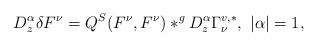
LaTeX: \begin{align*}D^{\alpha}_z\delta F^{\nu}=Q^S(F^{\nu},F^{\nu})\ast^g D^{\alpha}_z \Gamma^{v,*}_{\nu},~ |\alpha|=1,\end{align*}